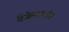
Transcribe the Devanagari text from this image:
बँकेसमोर